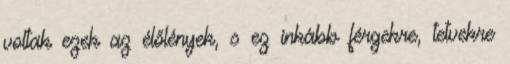
voltak ezek az élőlények, s ez inkább férgekre, tetvekre